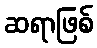
ဆရာဖြစ်